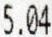
5.04